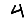
Digit: 4